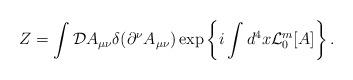
LaTeX: \begin{align*}Z = \int {\cal D}A_{\mu\nu}\delta(\partial^\nu A_{\mu\nu}) \exp \left\{ i \int d^4x {\cal L}_0^m{}[A] \right\} .\end{align*}